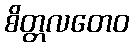
စိတ္တလတေဝ